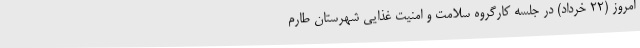
امروز (22 خرداد) در جلسه کارگروه سلامت و امنیت غذایی شهرستان طارم